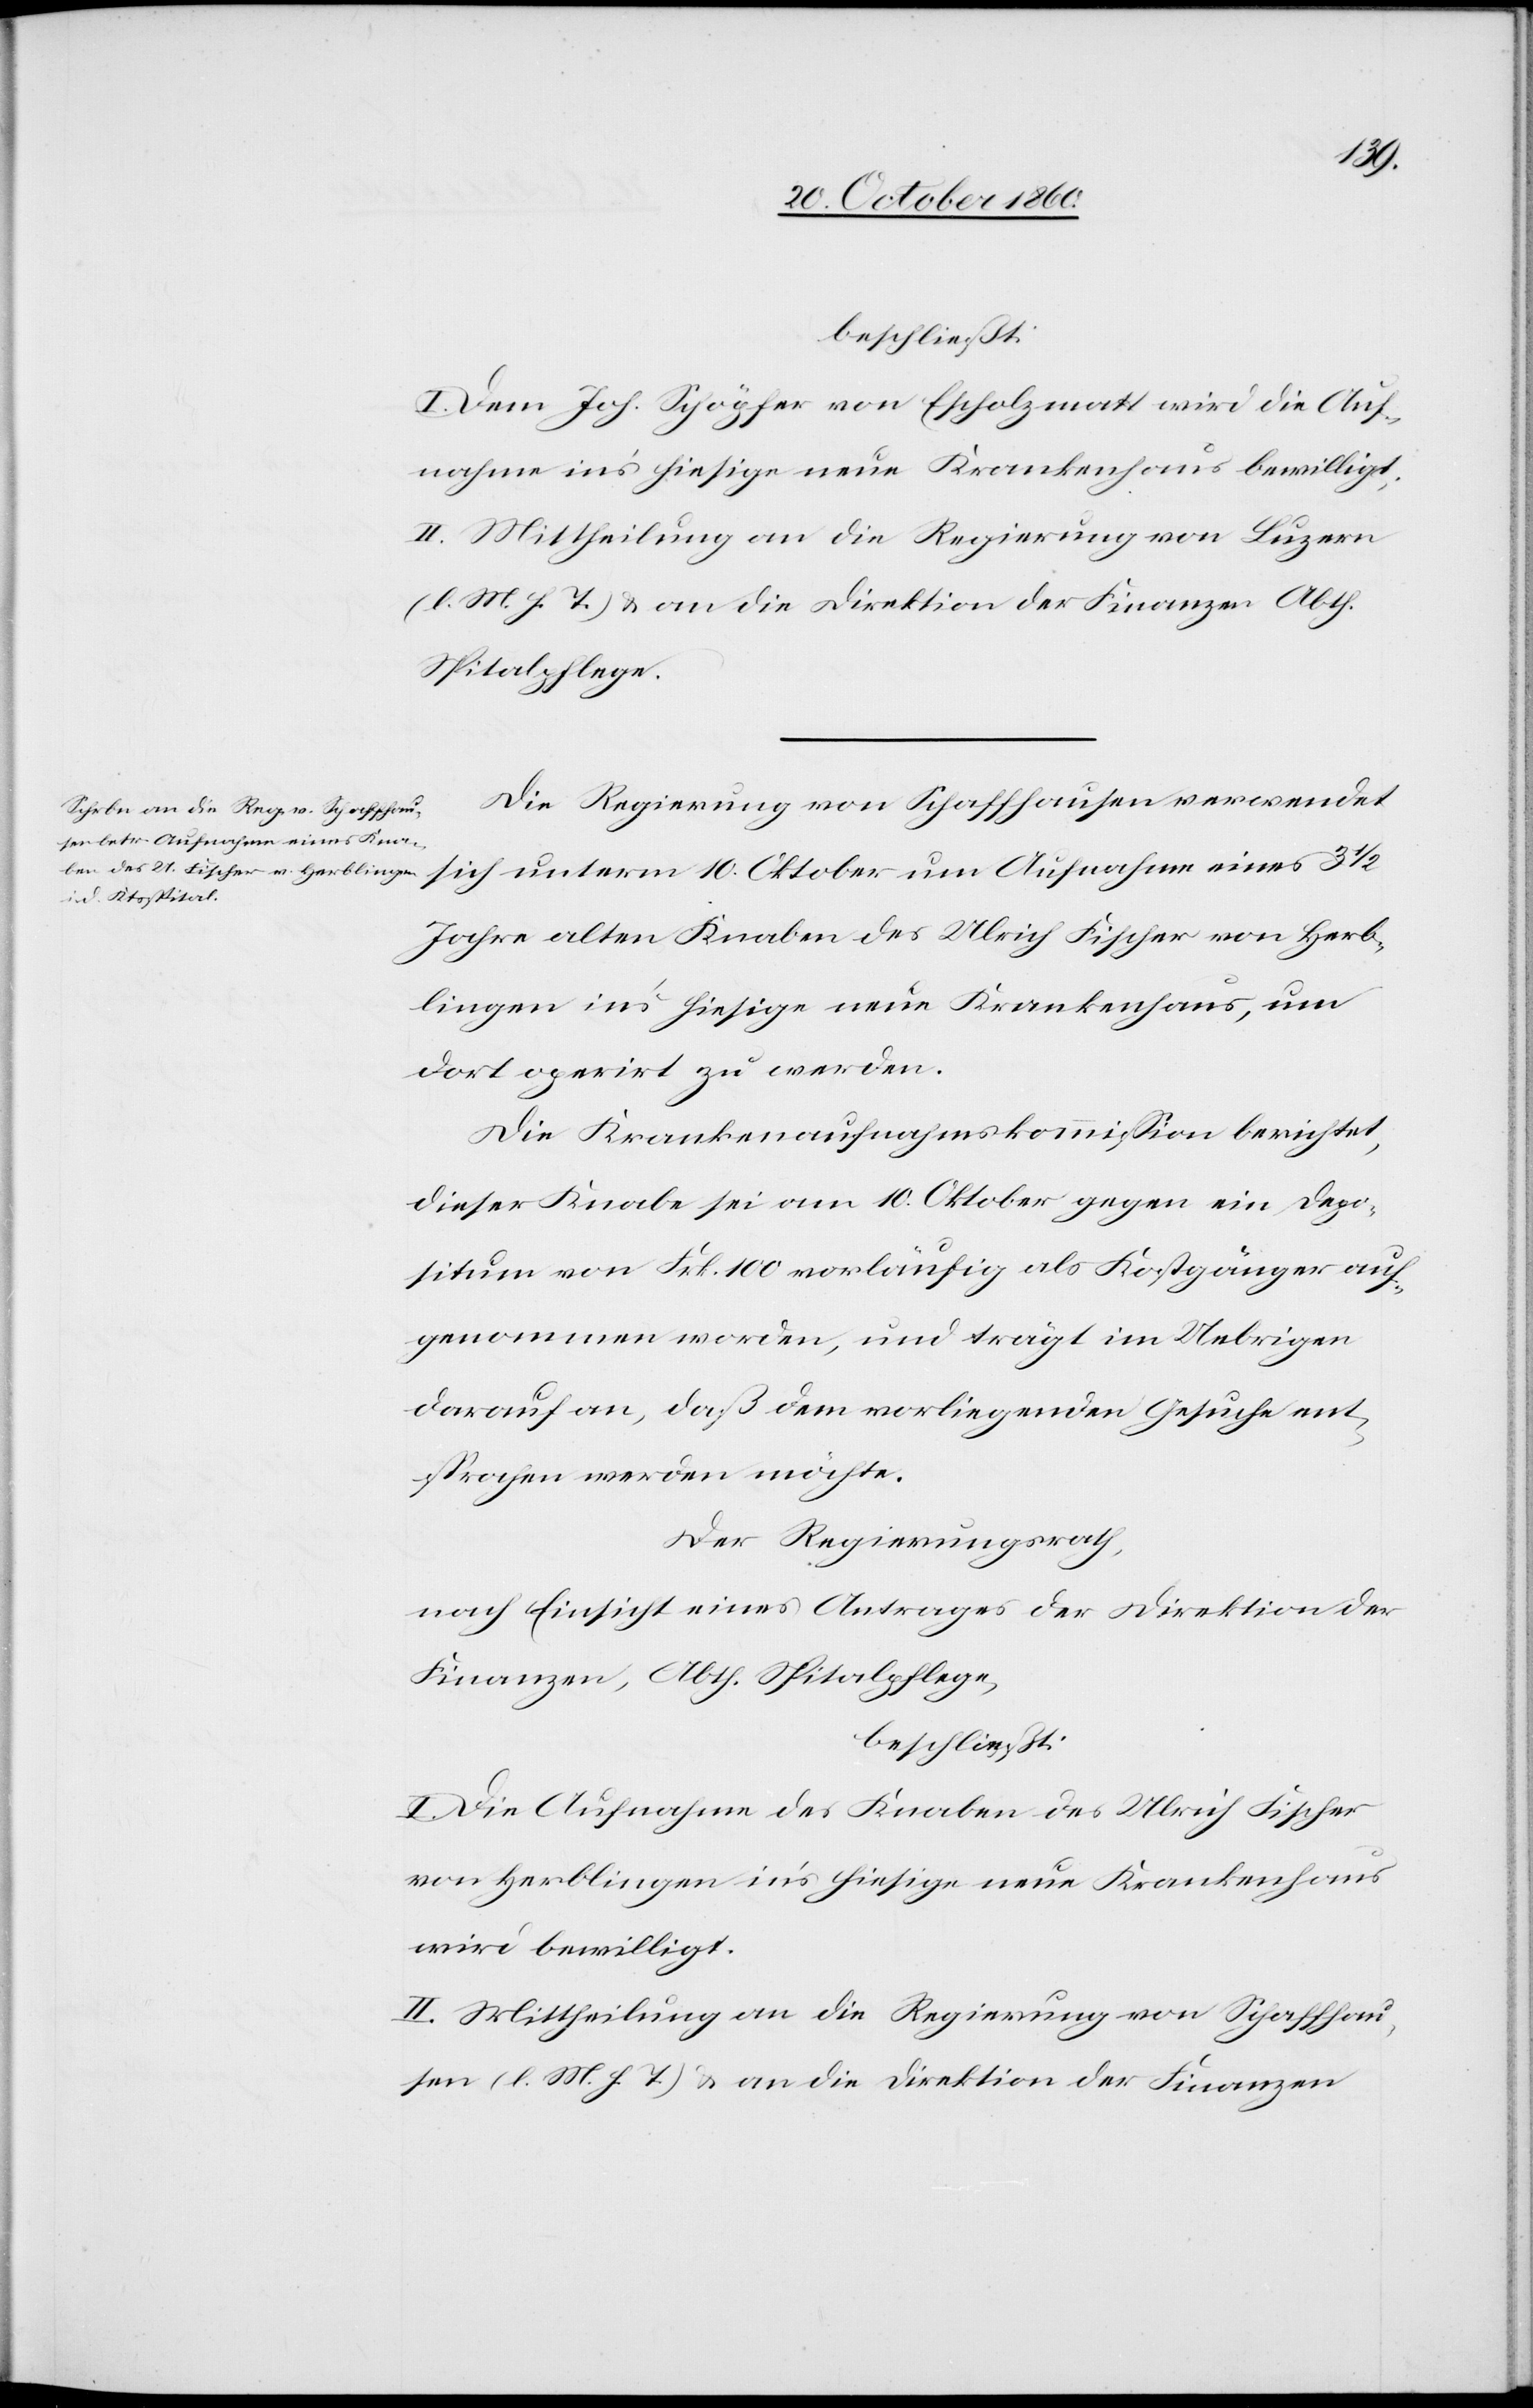
beschließt:
I. Dem Joh. Schöpfer von Escholzmatt wird die Auf¬
nahme in’s hiesige neue Krankenhaus bewilligt.
II. Mittheilung an die Regierung von Luzern
(l. M. h. T.) u. an die Direktion der Finanzen Abth.
Spitalpflege.
Die Regierung von Schaffhausen verwendet
sich unterm 10. Oktober um Aufnahme eines 3 1/2
Jahre alten Knaben des Ulrich Fischer von Herb¬
lingen ins’ hiesige neue Krankenhaus, um
dort operirt zu werden.
Die Krankenaufnahmskommission berichtet,
dieser Knabe sei am 10. Oktober gegen ein Depo¬
situm von Frk. 100 vorläufig als Kostgänger auf¬
genommen worden, und trägt im Uebrigen
darauf an, daß dem vorliegenden Gesuche ent¬
sprochen werden möchte.
Der Regierungsrath,
nach Einsicht eines Antrages der Direktion der
Finanzen, Abth. Spitalpflege,
beschließt:
I. Die Aufnahme des Knaben des Ulrich Fischer
von Herblingen in’s hiesige neue Krankenhaus
wird bewilligt.
II. Mittheilung an die Regierung von Schaffhau¬
sen (l. M. h. T.) u. an die Direktion der Finanzen